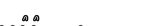
٣٦